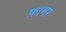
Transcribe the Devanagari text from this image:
फ़ामर